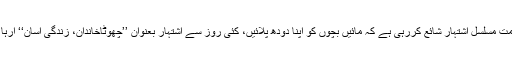
حکومت مسلسل اشتہار شائع کررہی ہے کہ مائیں بچوں کو اپنا دودھ پلائیں، کئی روز سے اشتہار بعنوان ’’چھوٹاخاندان، زندگی آسان‘‘ آرہا ہے ۔